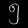
Digit: ၅